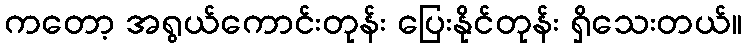
ကတော့ အရွယ်ကောင်းတုန်း ပြေးနိုင်တုန်း ရှိသေးတယ်။